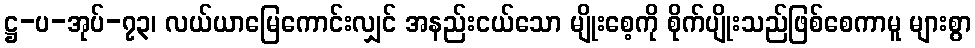
ဋ္ဌ-ပ-အုပ်-၇၃၊ လယ်ယာမြေကောင်းလျှင် အနည်းငယ်သော မျိုးစေ့ကို စိုက်ပျိုးသည်ဖြစ်စေကာမူ များစွာ